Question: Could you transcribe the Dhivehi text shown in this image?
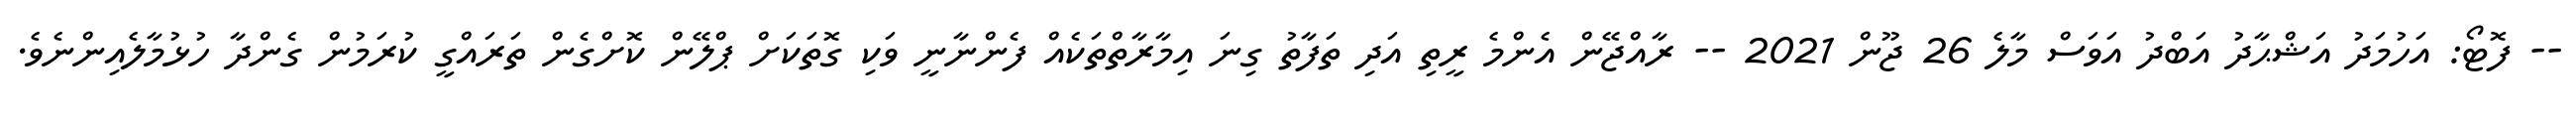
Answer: -- ފޮޓޯ: އަހުމަދު އަޝްޙާދު އަބްދު އަވަސް މާލެ 26 ޖޫން 2021 -- ރާއްޖޭން އެންމެ ރީތި އަދި ތަފާތު ގިނަ އިމާރާތްތަކެއް ފެންނާނީ ވަކި ގޮތަކަށް ޕްލޭން ކޮށްގެން ތަރައްގީ ކުރަމުން ގެންދާ ހުޅުމާލެއިންނެވެ.